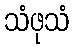
သံဖုသံ